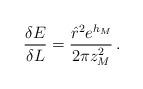
LaTeX: \begin{align*}\frac{\delta E }{ \delta L} = \frac{{\hat r}^2 e^{h_M} }{ 2\pi z_M^2} \,.\end{align*}